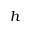
h